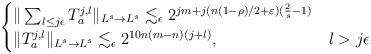
LaTeX: \begin{align*}\begin{cases}\| \sum_{l \leq j \epsilon} T_a^{j,l} \|_{L^s \to L^s} \lesssim_{\epsilon} 2^{jm + j(n(1-\rho)/2 + \varepsilon)(\frac{2}{s}-1)} \\ \|T_a^{j, l}\|_{L^s\to L^s}\lesssim_{\epsilon}2^{10n(m-n)(j+l)},& l>j\epsilon\end{cases}\end{align*}